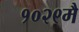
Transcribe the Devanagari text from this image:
१०२९मै